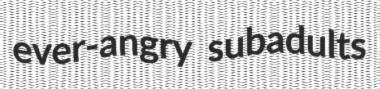
ever-angry subadults